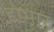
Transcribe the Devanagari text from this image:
डोभार